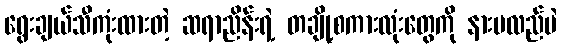
ရွေးချယ်သီကုံးထားတဲ့ ဆရာညိန်းရဲ့ တချို့စကားလုံးတွေကို နားမလည်ပဲ